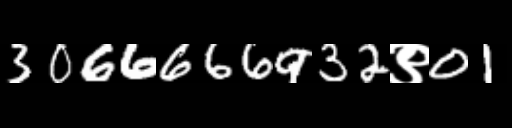
Text: 3066666932९01